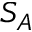
S _ { A }